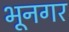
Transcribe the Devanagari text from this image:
भूनगर